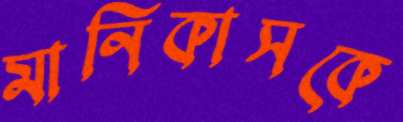
মানিকাসকে